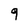
Character: 9